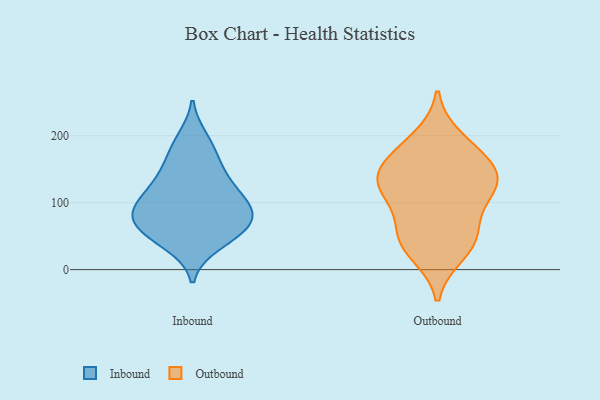
{"axis": {"x": "Energy Usage (MWh)", "y": "Value"}, "legend": ["Inbound", "Outbound"], "data": [{"x": "", "y": 154, "type": "Inbound"}, {"x": "", "y": 181, "type": "Inbound"}, {"x": "", "y": 120, "type": "Inbound"}, {"x": "", "y": 195, "type": "Inbound"}, {"x": "", "y": 88, "type": "Inbound"}, {"x": "", "y": 99, "type": "Inbound"}, {"x": "", "y": 66, "type": "Inbound"}, {"x": "", "y": 87, "type": "Inbound"}, {"x": "", "y": 74, "type": "Inbound"}, {"x": "", "y": 122, "type": "Inbound"}, {"x": "", "y": 54, "type": "Inbound"}, {"x": "", "y": 48, "type": "Inbound"}, {"x": "", "y": 38, "type": "Inbound"}, {"x": "", "y": 97, "type": "Inbound"}, {"x": "", "y": 144, "type": "Inbound"}, {"x": "", "y": 70, "type": "Inbound"}, {"x": "", "y": 195, "type": "Outbound"}, {"x": "", "y": 144, "type": "Outbound"}, {"x": "", "y": 127, "type": "Outbound"}, {"x": "", "y": 41, "type": "Outbound"}, {"x": "", "y": 51, "type": "Outbound"}, {"x": "", "y": 115, "type": "Outbound"}, {"x": "", "y": 169, "type": "Outbound"}, {"x": "", "y": 127, "type": "Outbound"}, {"x": "", "y": 165, "type": "Outbound"}, {"x": "", "y": 25, "type": "Outbound"}, {"x": "", "y": 61, "type": "Outbound"}, {"x": "", "y": 119, "type": "Outbound"}]}